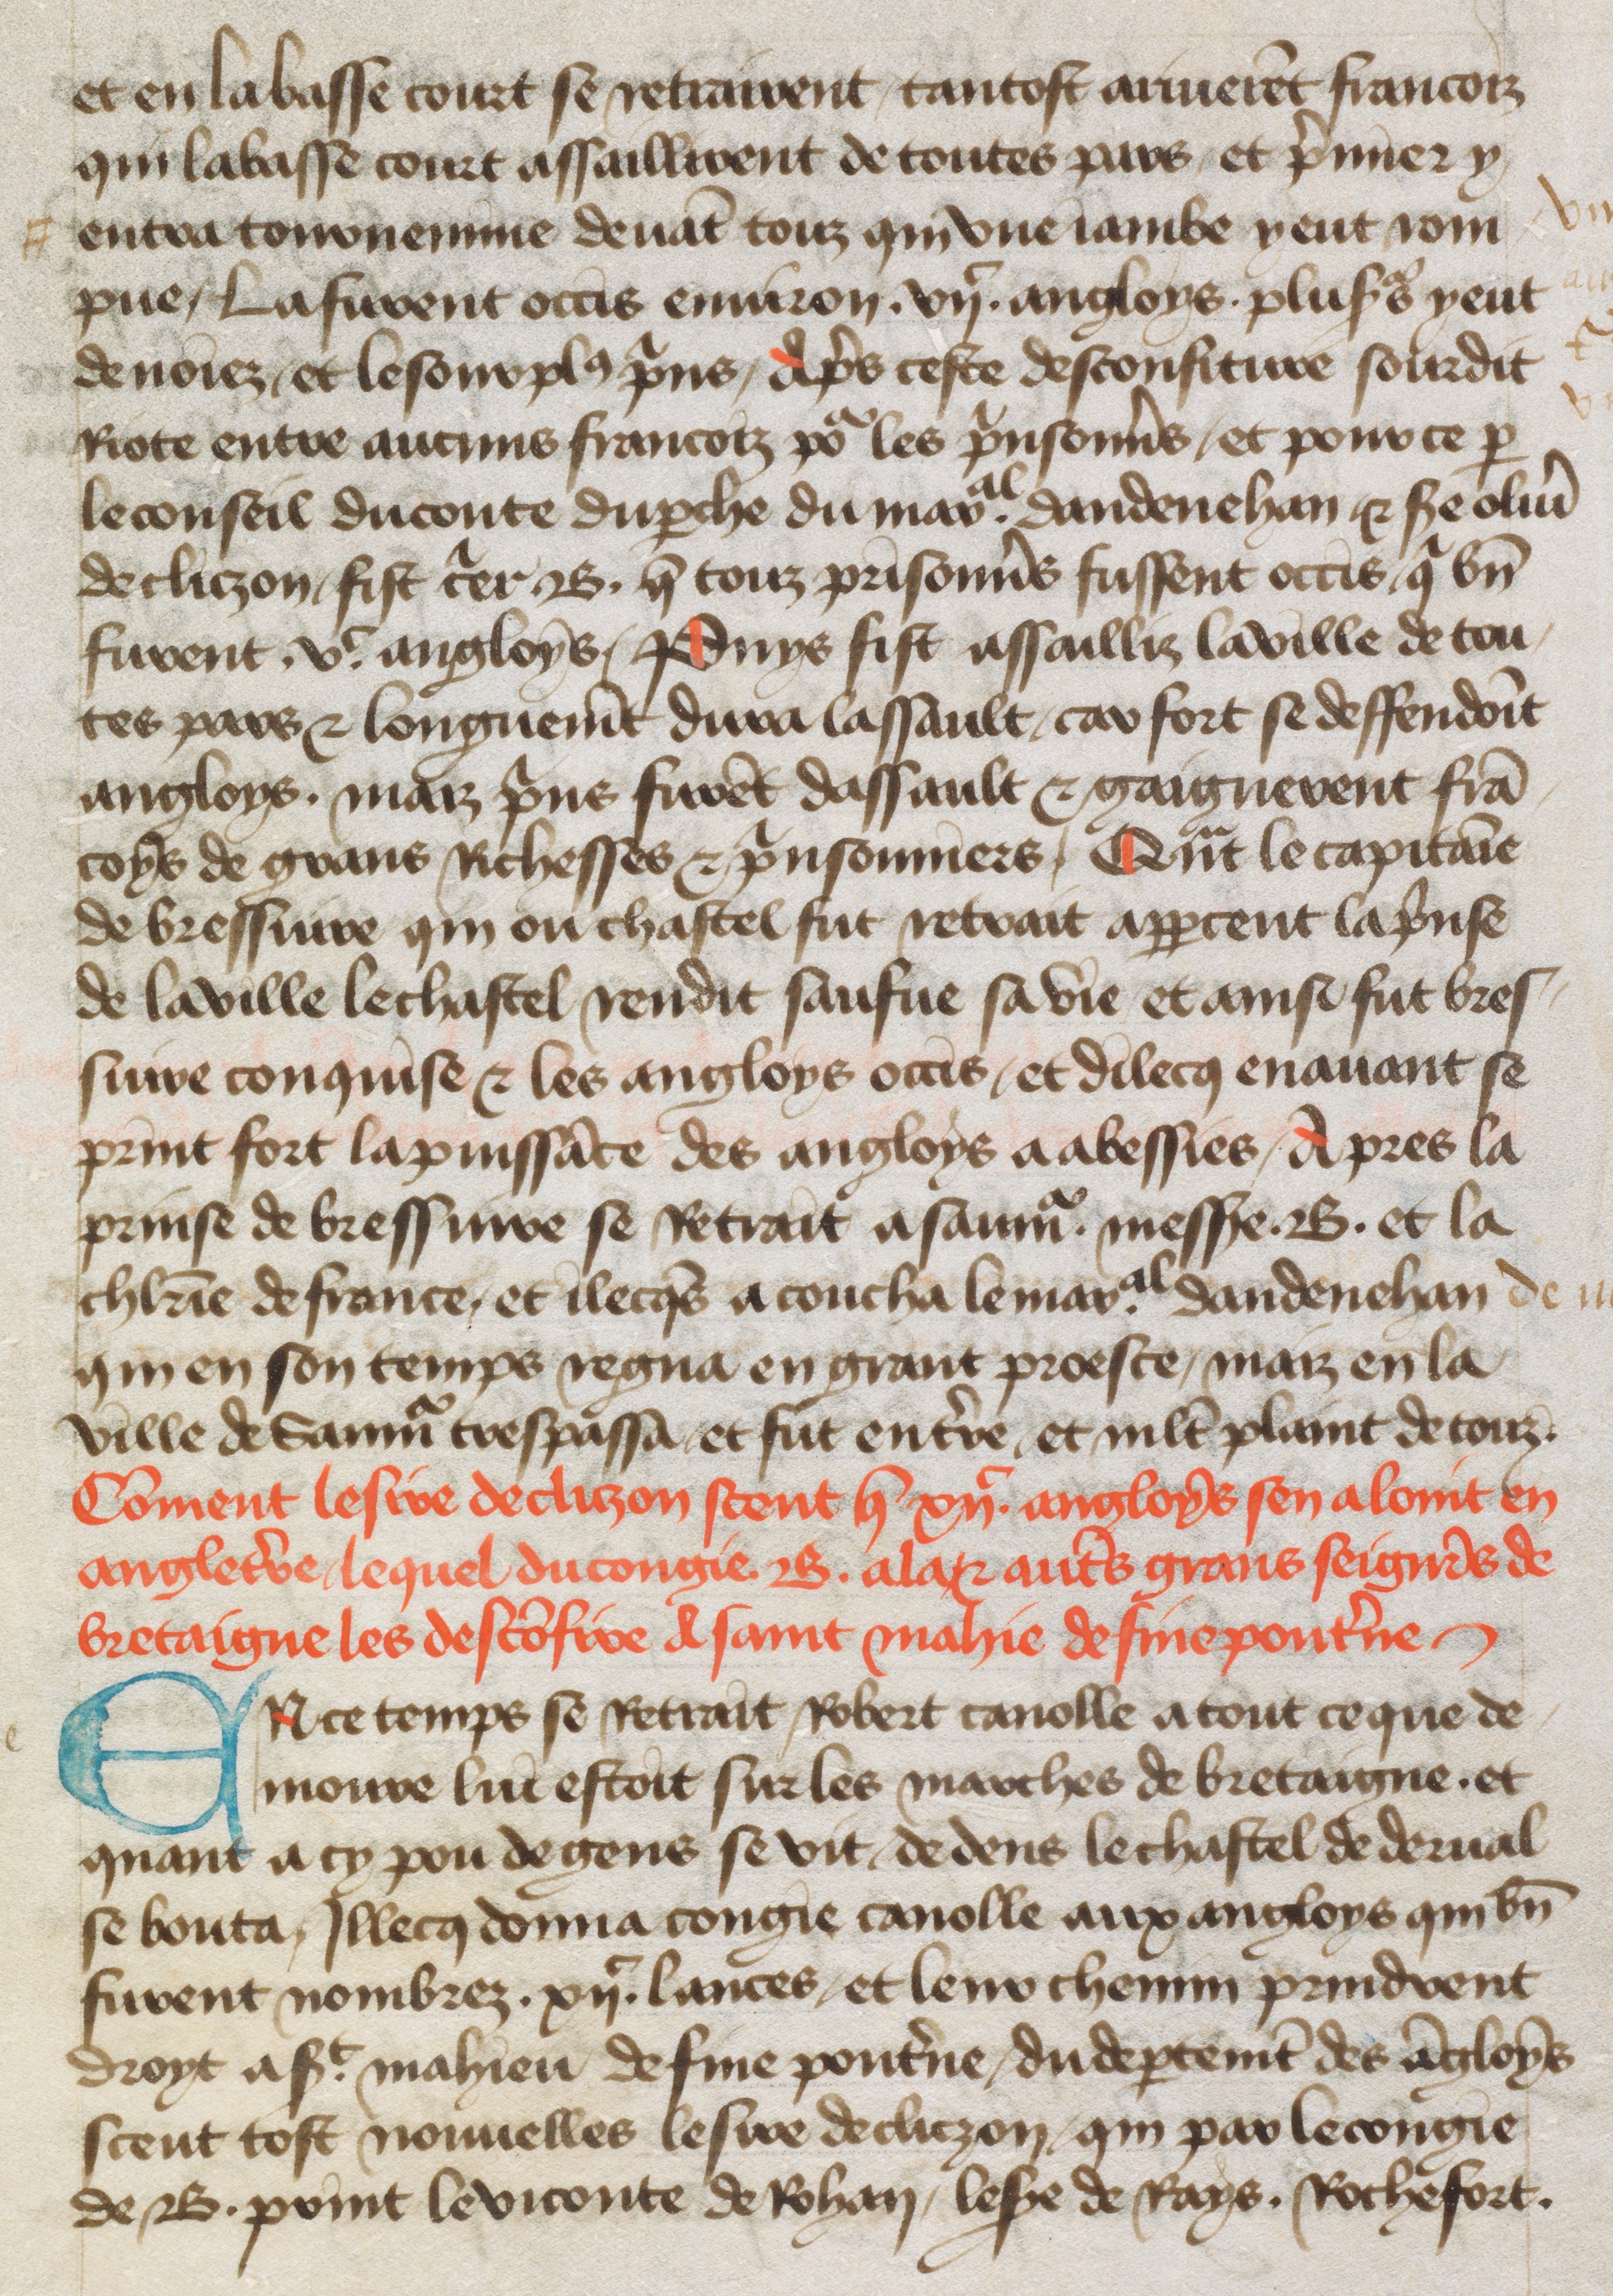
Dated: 1400–1499